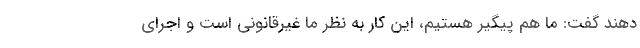
دهند گفت: ما هم پیگیر هستیم، این کار به نظر ما غیرقانونی است و اجرای